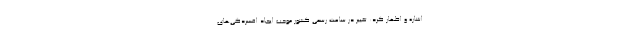
اشاره و اظهار کرد: تغییر در ساعت رسمی کشور موجب ایجاد افسردگی‌های